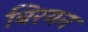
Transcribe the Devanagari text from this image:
बिरयन